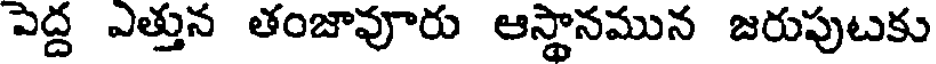
పెద్ద ఎత్తున తంజావూరు ఆస్థానమున జరుపుటకు